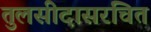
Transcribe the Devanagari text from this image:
तुलसीदासरचित